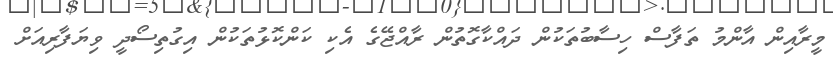
މީރާއިން އާންމު ތަފާސް ހިސާބުތަކުން ދައްކާގޮތުން ރާއްޖޭގެ އެކި ކަންކޮޅުތަކުން އިގުތިސޯދީ ވިޔަފާރިއަށް